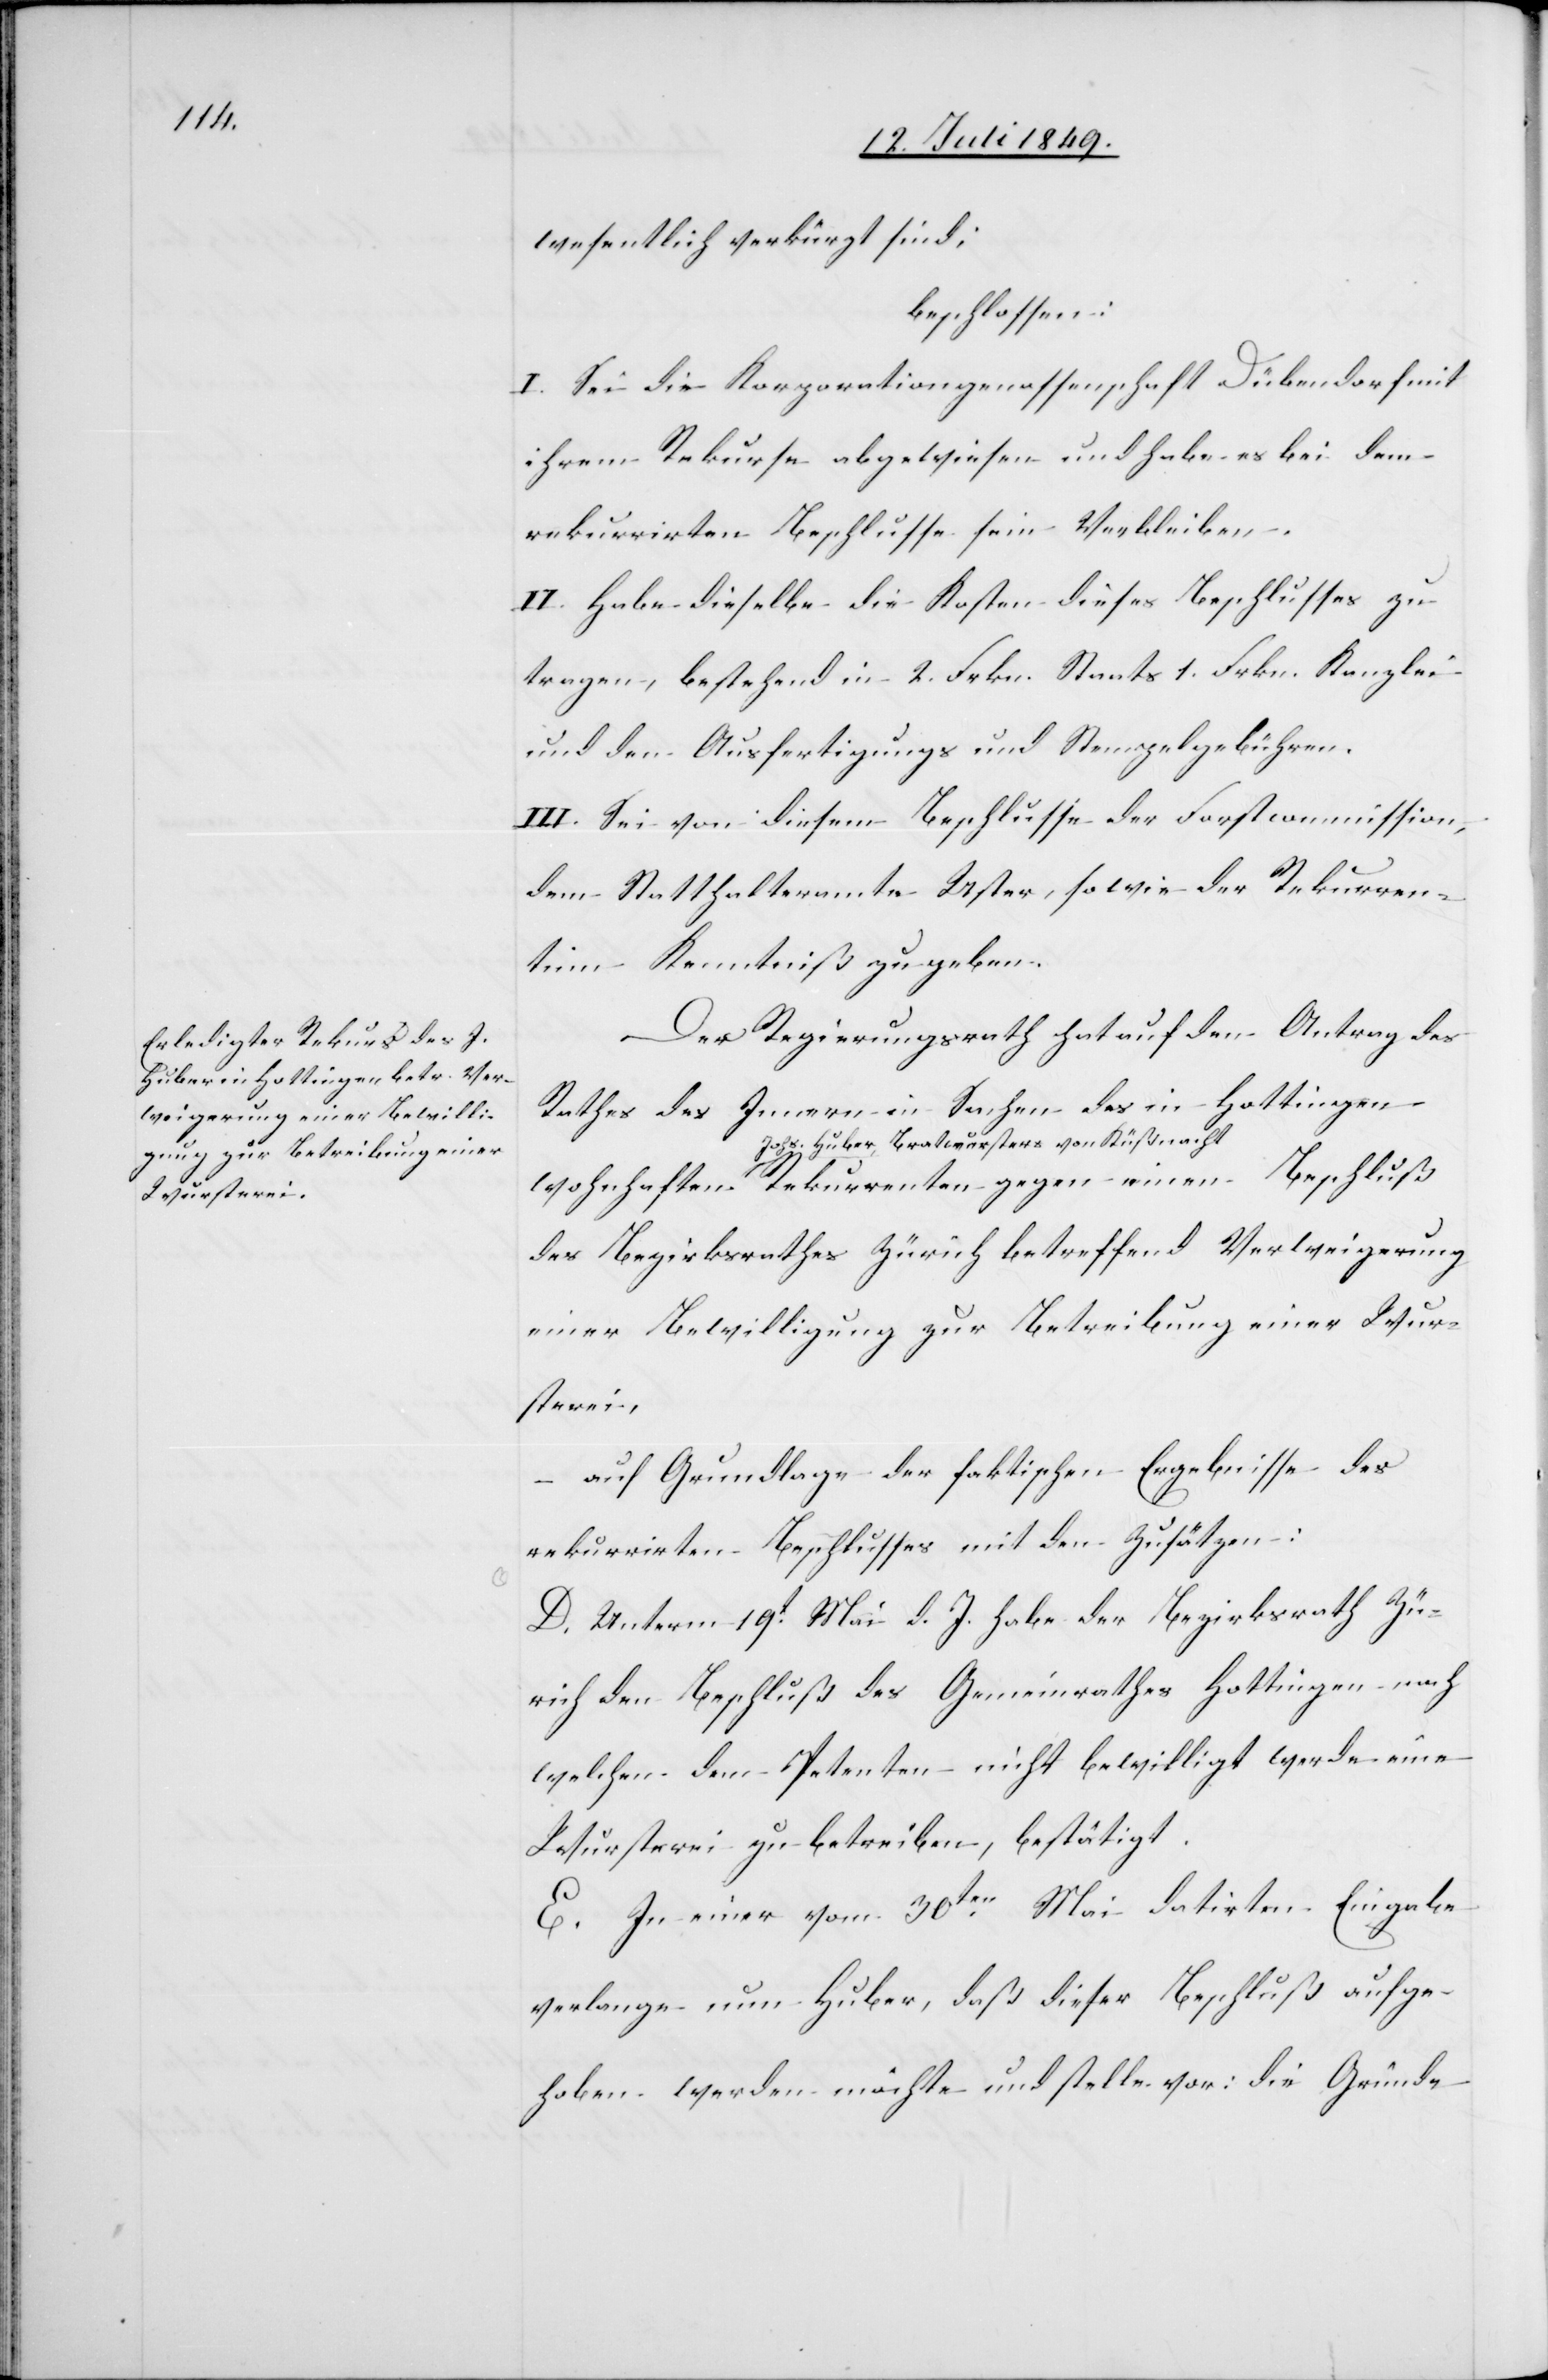
wesentlich verkürzt sind;
beschlossen:
I. Sei die Korporationsgenossenschaft Dübendorf mit
ihrem Rekurse abgewiesen und habe es bei dem
rekurrirten Beschlusse sein Verbleiben.
II. Habe dieselbe die Kosten dieses Beschlusses zu
tragen, bestehend in 2. Frkn. Staats 1. Frkn. Kanzlei
und den Ausfertigungs und Stempelgebühren.
III. Sei von diesem Beschlusse der Forstcommission,
dem Statthalteramte Uster, sowie den Rekurren¬
ten Kenntniß zu geben.
Der Regierungsrath hat auf den Antrag des
Rathes des Innern in Sachen des in Hottingen
a-Johs. Huber, Bratwursters von Küßnacht-a
des Bezirksrathes Zürich betreffend Verweigerung
einer Bewilligung zur Betreibung einer Wur¬
sterei,
auf Grundlage der faktischen Ergebnisse des
rekurrirten Beschlusses mit den Zusätzen:
D. Unterm 19t Mai d. J. habe der Bezirksrath Zü¬
rich den Beschluß des Gemein[d]rathes Hottingen nach
welchen dem Petenten nicht bewilligt werde eine
Wursterei zu betreiben, bestätigt.
E. In einer vom 30ten Mai datirten Eingabe
verlange nun Huber, daß dieser Beschluß aufge¬
hoben werden möchte und stelle vor: die Gründe